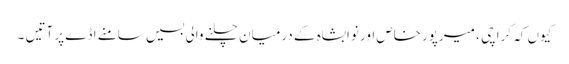
کیوں کہ کراچی ، میرپورخاص اور نوابشاہ کے درمیان چلنے والی بسیں سامنے اڈے پر آتیں ۔